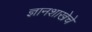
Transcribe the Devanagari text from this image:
ज्ञानशाखेचे